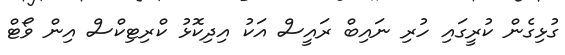
ގުޅިގެން ކުރީގައި ހުރި ނައިބް ރައީސް އަކު އިދިކޮޅު ކްރިޓިކްސް އިން ވޯޓް